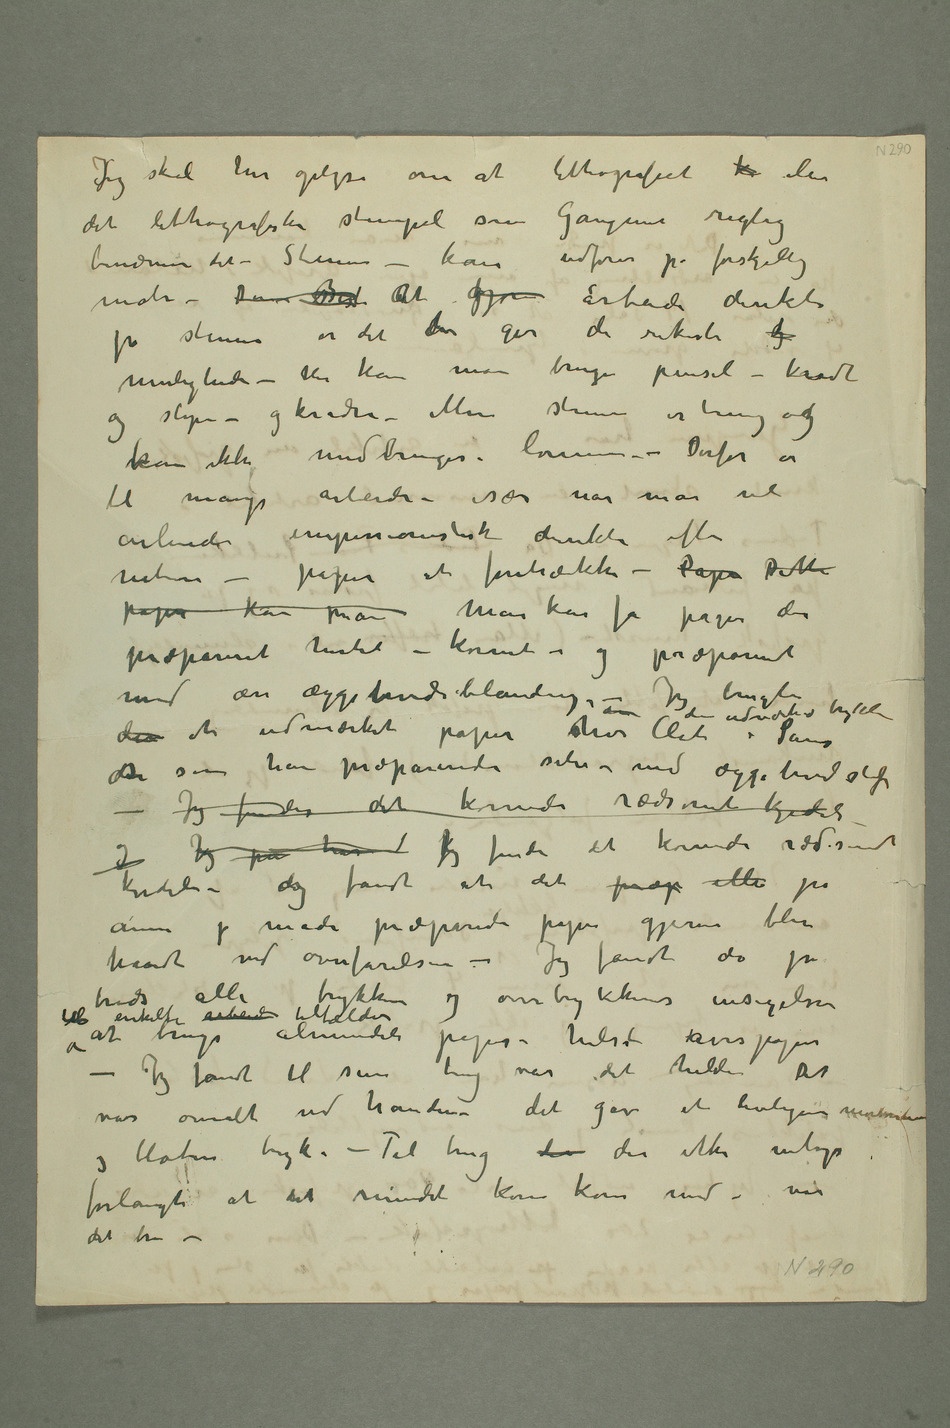
SJeg skal her oplyse om at lithografiet k eller
det lithografiske stempel som Gauguin rigtig
benævner det – Stenen – kan udføres på forskjellig
måde – Den Best aAt gjøre arbeide direkte
på stenen er det der gir de rikeste g
muligheder – Her kan man bruge pensel – kridt
og slipe – og kradse – Men stenen er tung og
kan ikke medbringes i lommen – Derfor er
til mange arbeider – især når man vil
arbeide impressionistisk direkte efter
naturen – papir at foretrekke – Papi Dette
papir kan man Man kan få papir der
præpareret hertil – kornet – og præpareret
den et udmærket papir hos Clot den udmærkede trykker i
det som han præparerede selv med æggehvidstof –
Jeg finder det kornede rædsomt kjedeli
og Jeg på har Jeg finder det kornede rædsomt
kjedeli – og fandt at det præp eller på
annen p måde præparerede papir gjerne blev
hårdt ved overførelsen – Jeg fandt da på
trods alle trykkeres og omtrykkeres insigelser at
enkelte
og bløtere tryk. – Til brug der der ikke netop
forlangte at det mindste korn kom med – var